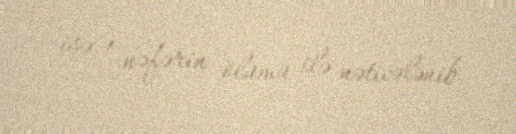
isə 1 nəfərin ölümü ilə nəticələnib.